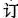
订